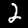
Digit: 2